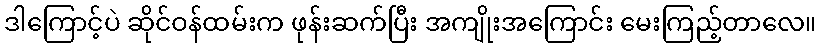
ဒါကြောင့်ပဲ ဆိုင်ဝန်ထမ်းက ဖုန်းဆက်ပြီး အကျိုးအကြောင်း မေးကြည့်တာလေ။